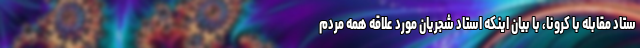
ستاد مقابله با کرونا، با بیان اینکه استاد شجریان مورد علاقه همه مردم